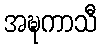
အဍ္ဎကာသီ